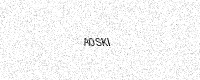
Text: A0SKI